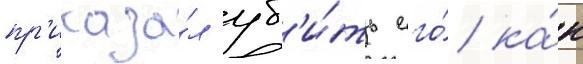
пр'иказа́л уб'и́ть его́ ка́к